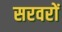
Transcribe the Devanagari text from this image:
सरवरों